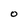
Character: O